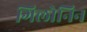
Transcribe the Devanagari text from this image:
गिलोनिन